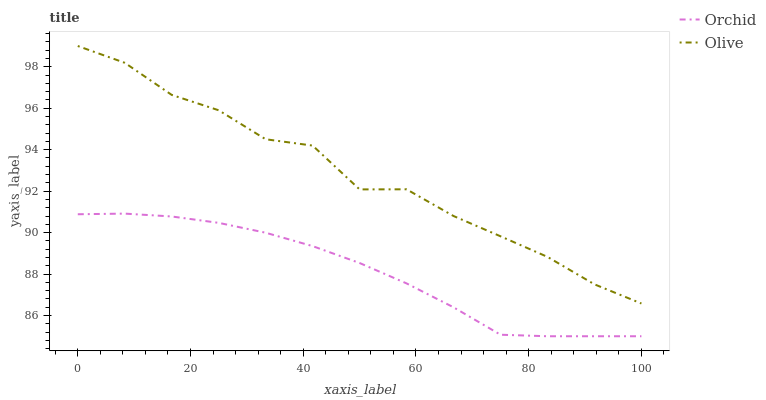
| xaxis_label | Orchid | Olive |
 | --- | --- | --- |
 | 0 | 90.9 | 99 |
 | 8.33 | 90.9 | 98.2 |
 | 16.7 | 90.8 | 96.6 |
 | 25 | 90.5 | 95.9 |
 | 33.3 | 90 | 94.5 |
 | 41.7 | 89.3 | 94.2 |
 | 50 | 88.5 | 92.1 |
 | 58.3 | 87.5 | 92.1 |
 | 66.7 | 86.4 | 90.8 |
 | 75 | 85.1 | 89.8 |
 | 83.3 | 85 | 88.8 |
 | 91.7 | 85 | 87.5 |
 | 100 | 85 | 86.6 |